Vaccine operations Central Provinces 1886-1899 - 1886-1899
Year: 1886
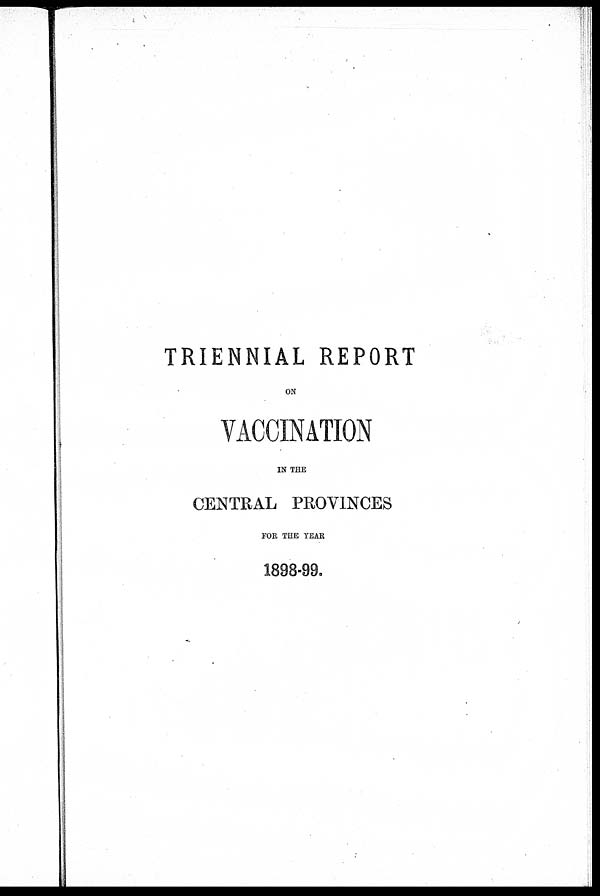
TRIENNIAL REPORT
ON
VACCINATION
IN THE
CENTRAL PROVINCES
FOR THE YEAR
1898-99.